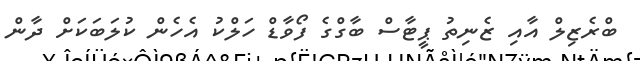
ބްރެޒިލް އާއި ޒެނިތު ޕީޓާސް ބާގްގެ ފޯވާޑް ހަލްކު އެހެން ކުލަބަކަށް ދާން